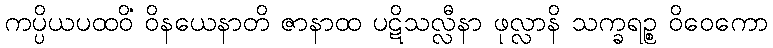
ကပ္ပိယပထဝိံ ဝိနယေနာတိ ဇာနာထ ပဋိသလ္လီနာ ဖုလ္လာနိ သက္ခရဉ္စ ဝိဝေကော